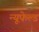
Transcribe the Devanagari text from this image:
न्यूफेल्ड